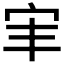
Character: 𫲸